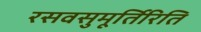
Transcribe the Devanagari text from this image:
रसवसुमूर्तिरिति